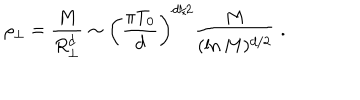
LaTeX: \rho _ { \perp } = { \frac { M } { R _ { \perp } ^ { d } } } \sim \left( { \frac { \pi T _ { 0 } } { d } } \right) ^ { d / 2 } { \frac { M } { ( \ln { M } ) ^ { d / 2 } } } \; .